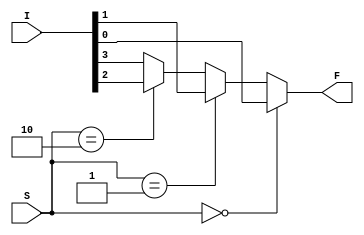
module MUL4_1(I, S, F);
    input [3:0] I;
    input [1:0] S;
    output F;

    reg F;

    always @(I or S)
        if (S == 2'b00)
            F = I[0];
        else if (S == 2'b01)
            F = I[1];
        else if (S == 2'b10)
            F = I[2];
        else
            F = I[3];
endmodule